Indian journal of veterinary science and animal husbandry - Volumes 18-21, 1948-1951
Year: 1948
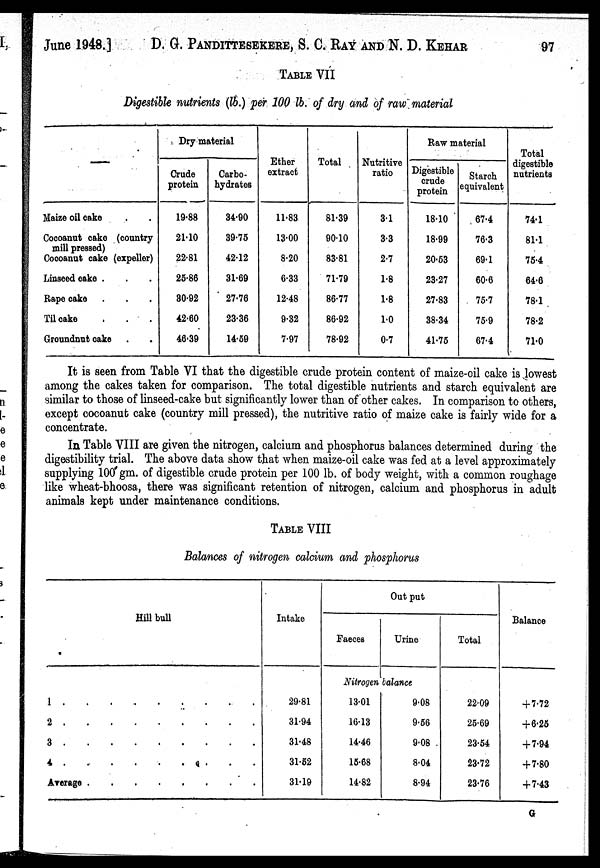
June 1948.]
D. G. PANDITTESEKERE, S. C. RAY AND N. D. KEHAR 97
TABLE VII
Digestible nutrients (lb.) per 100 lb. of dry and of raw material
—
Maize oil cake . .
Cocoanut cake (country
mill pressed)
Cocoanut cake (expeller)
Linseed cake . . .
Rape cake . . .
Til cake . . .
Groundnut cake . .
Dry material
Crude
protein
19.88
21.10
22.81
25.86
30.92
42.60
46.39
Carbo-
hydrates
34.90
39.75
42.12
31.69
27.76
23.36
14.59
Ether
extract
11.83
13.00
8.20
6.33
12.48
9.32
7.97
Total
81.39
90.10
83.81
71.79
86.77
86.92
78.92
Nutritive
ratio
3.1
3.3
2.7
1.8
1.8
1.0
0.7
Raw material
Digestible
crude
protein
18.10
18.99
20.53
23.27
27.83
38.34
41.75
Starch
equivalent
67.4
76.3
69.1
60.6
75.7
75.9
67.4
Total
digestible
nutrients
74.1
81.1
75.4
64.6
78.1
78.2
71.0
It is seen from Table VI that the digestible crude protein content of maize-oil cake is lowest
among the cakes taken for comparison. The total digestible nutrients and starch equivalent are
similar to those of linseed-cake but significantly lower than of other cakes. In comparison to others,
except cocoanut cake (country mill pressed), the nutritive ratio of maize cake is fairly wide for a
concentrate.
In Table VIII are given the nitrogen, calcium and phosphorus balances determined during the
digestibility trial. The above data show that when maize-oil cake was fed at a level approximately
supplying 100 gm. of digestible crude protein per 100 lb. of body weight, with a common roughage
like wheat-bhoosa, there was significant retention of nitrogen, calcium and phosphorus in adult
animals kept under maintenance conditions.
TABLE VIII
Balances of nitrogen calcium and phosphorus
Hill bull
1 . . . . . . . . .
2 . . . . . . . . .
3 . . . . . . . . .
4 . . . . . . . . .
Average . . . . . . . . .
Intake
29.81
31.94
31.48
31.52
31.19
Out put
Faeces
Urine
Nitrogen balance
13.01
16.13
14.46
15.68
14.82
9.08
9.56
9.08
8.04
8.94
Total
22.09
25.69
23.54
23.72
23.76
Balance
+ 7.72
+ 6.25
+ 7.94
+ 7.80
+ 7.43
G